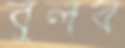
বুলব